Code of medical and sanitary regulations for the guidance of medical officers serving in the Madras Presidency - Volume II
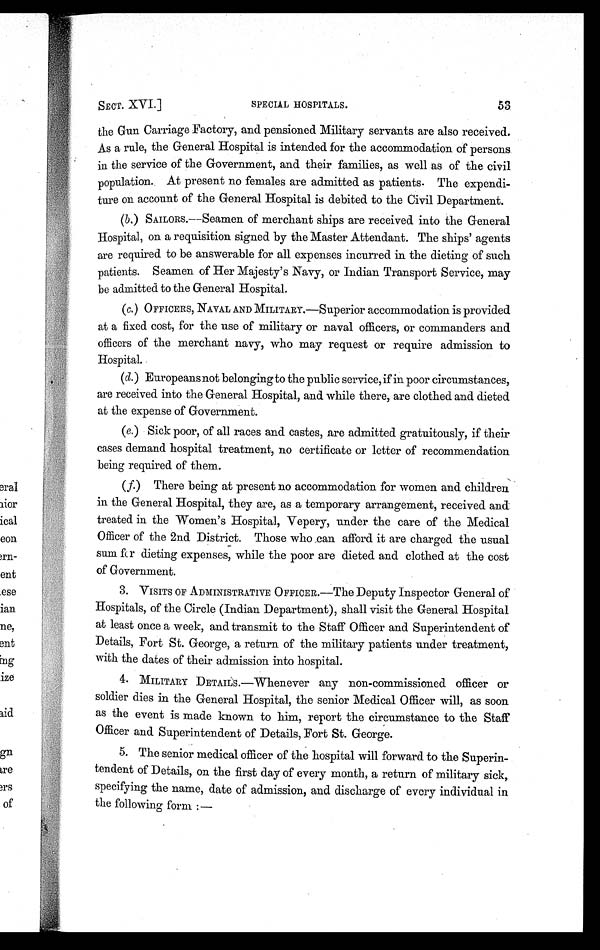
SECT. XVI.]
SPECIAL HOSPITALS.
53
the Gun Carriage Factory, and pensioned Military servants are also received.
As a rule, the General Hospital is intended for the accommodation of persons
in the service of the Government, and their families, as well as of the civil
population. At present no females are admitted as patients. The expendi-
ture on account of the General Hospital is debited to the Civil Department.
(b.) SAILORS.—Seamen of merchant ships are received into the General
Hospital, on a requisition signed by the Master Attendant. The ships' agents
are required to be answerable for all expenses incurred in the dieting of such
patients. Seamen of Her Majesty's Navy, or Indian Transport Service, may
be admitted to the General Hospital.
(c.) OFFICERS, NAVAL AND MILITARY.—Superior accommodation is provided
at a fixed cost, for the use of military or naval officers, or commanders and
officers of the merchant navy, who may request or require admission to
Hospital.
(d.) Europeans not belonging to the public service, if in poor circumstances,
are received into the General Hospital, and while there, are clothed and dieted
at the expense of Government.
(e.) Sick poor, of all races and castes, are admitted gratuitously, if their
cases demand hospital treatment, no certificate or letter of recommendation
being required of them.
(f.) There being at present no accommodation for women and children
in the General Hospital, they are, as a temporary arrangement, received and
treated in the Women's Hospital, Vepery, under the care of the Medical
Officer of the 2nd District. Those who can afford it are charged the usual
sum for dieting expenses, while the poor are dieted and clothed at the cost
of Government.
3. VISITS OF ADMINISTRATIVE OFFICER.—The Deputy Inspector General of
Hospitals, of the Circle (Indian Department), shall visit the General Hospital
at least once a week, and transmit to the Staff Officer and Superintendent of
Details, Fort St. George, a return of the military patients under treatment,
with the dates of their admission into hospital.
4. MILITARY DETAILS.—Whenever any non-commissioned officer or
soldier dies in the General Hospital, the senior Medical Officer will, as soon
as the event is made known to him, report the circumstance to the Staff
Officer and Superintendent of Details, Fort St. George.
5. The senior medical officer of the hospital will forward to the Superin-
tendent of Details, on the first day of every month, a return of military sick,
specifying the name, date of admission, and discharge of every individual in
the following form :—